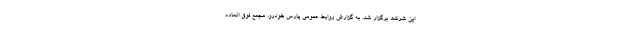
این شرکت برگزار شد. به گزارش روابط عمومی پارس خودرو، مجمع فوق العاده